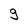
Character: g